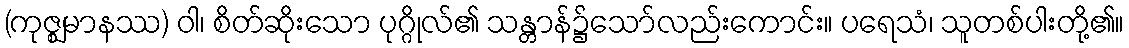
(ကုဇ္ဈမာနဿ) ဝါ၊ စိတ်ဆိုးသော ပုဂ္ဂိုလ်၏ သန္တာန်၌သော်လည်းကောင်း။ ပရေသံ၊ သူတစ်ပါးတို့၏။